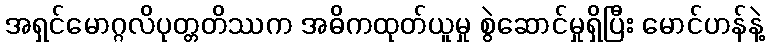
အရှင်မောဂ္ဂလိပုတ္တတိဿက အဓိကထုတ်ယူမှု စွဲဆောင်မှုရှိပြီး မောင်ဟန်နဲ့